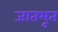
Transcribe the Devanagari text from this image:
जातभूत